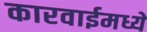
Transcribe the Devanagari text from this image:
कारवाईमध्ये